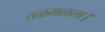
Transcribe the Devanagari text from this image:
तळमळला।